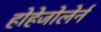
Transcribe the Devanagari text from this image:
होहेजोलेर्न